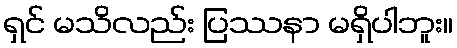
ရှင် မသိလည်း ပြဿနာ မရှိပါဘူး။